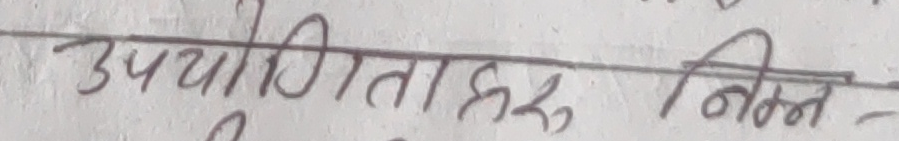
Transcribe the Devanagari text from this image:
उपयोगिताहरू निम्न